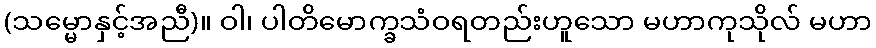
(သမ္မောနှင့်အညီ)။ ဝါ၊ ပါတိမောက္ခသံဝရတည်းဟူသော မဟာကုသိုလ် မဟာ